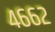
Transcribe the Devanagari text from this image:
४६६२